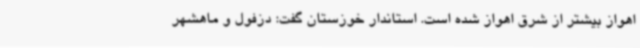
اهواز بیشتر از شرق اهواز شده است. استاندار خوزستان گفت: دزفول و ماهشهر